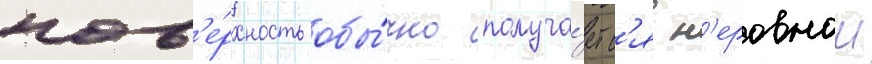
пов'е́рхность обы́чно получа́етс'я н'еровнои